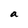
Character: a